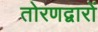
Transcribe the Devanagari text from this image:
तोरणद्वारों